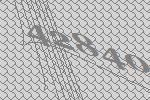
42840